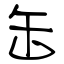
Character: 缶